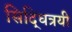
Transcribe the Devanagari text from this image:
सिद्धित्रयी